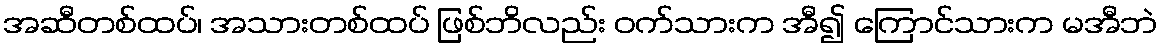
အဆီတစ်ထပ်၊ အသားတစ်ထပ် ဖြစ်ဘိလည်း ဝက်သားက အီ၍ ကြောင်သားက မအီဘဲ